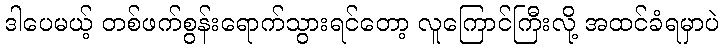
ဒါပေမယ့် တစ်ဖက်စွန်းရောက်သွားရင်တော့ လူကြောင်ကြီးလို့ အထင်ခံရမှာပဲ